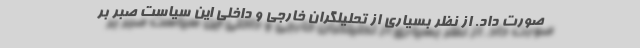
صورت داد. از نظر بسیاری از تحلیلگران خارجی و داخلی این سیاست صبر بر